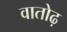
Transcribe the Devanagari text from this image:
वातोढ़